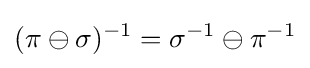
(\pi \ominus \sigma )^{-1}=\sigma ^{-1}\ominus \pi ^{-1}